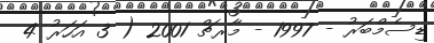
ޑިސެމްބަރު - 1997 - މާރޗް 2001 ( 3 އަހަރު 4